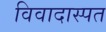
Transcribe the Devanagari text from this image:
विवादास्पत